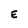
Character: E